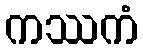
ကဿကံ